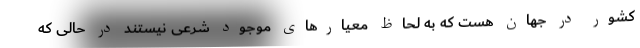
کشور در جهان هست که به لحاظ معیارهای موجود شرعی نیستند در حالی که